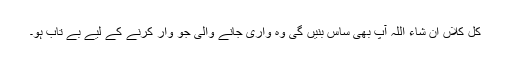
کل کلاں ان شاء اللہ آپ بھی ساس بنیں گی وہ واری جانے والی جو وار کرنے کے لیے بے تاب ہو۔